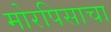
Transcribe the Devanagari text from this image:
मोरपिसाचा